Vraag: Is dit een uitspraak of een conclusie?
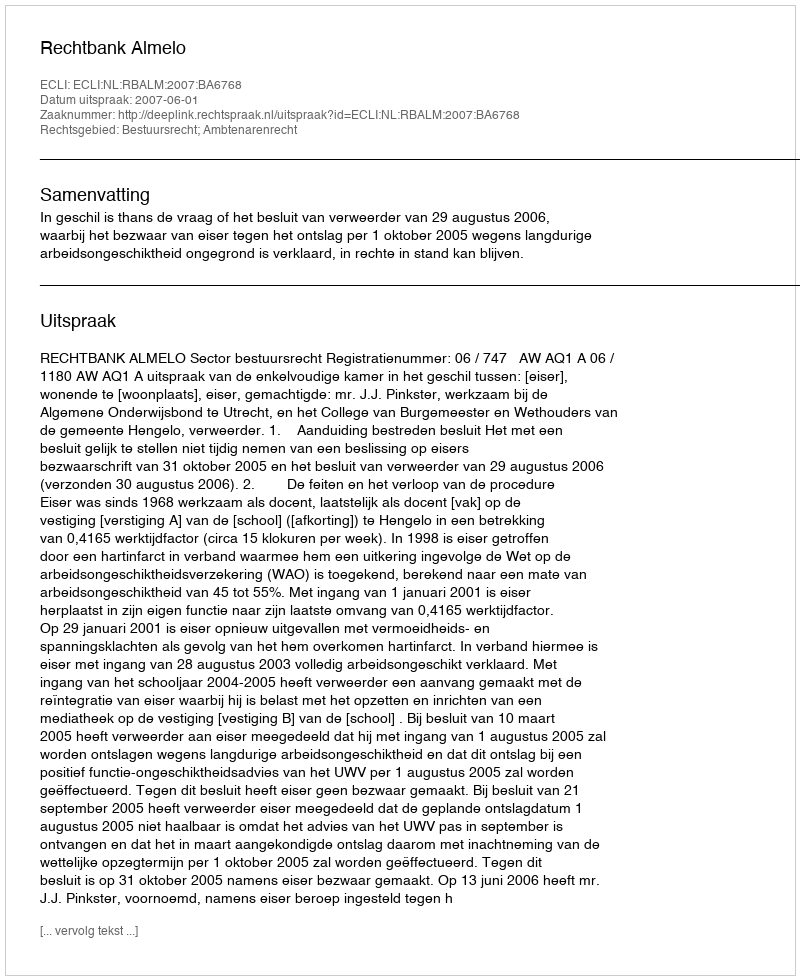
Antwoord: Uitspraak